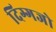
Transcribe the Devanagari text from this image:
दिग्गजो